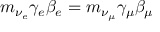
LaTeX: m _ { \nu _ { e } } \gamma _ { e } \beta _ { e } = m _ { \nu _ { \mu } } \gamma _ { \mu } \beta _ { \mu }